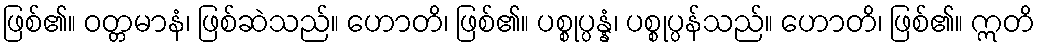
ဖြစ်၏။ ဝတ္တမာနံ၊ ဖြစ်ဆဲသည်။ ဟောတိ၊ ဖြစ်၏။ ပစ္စုပ္ပန္နံ၊ ပစ္စုပ္ပန်သည်။ ဟောတိ၊ ဖြစ်၏။ ဣတိ